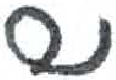
אות: ש